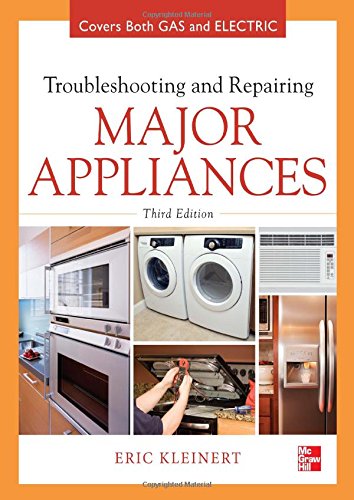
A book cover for Troubleshooting and Repairing Major Appliances; Eric Kleinert; Engineering & Transportation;